Annual report of lunatic asylums [Bombay] - 1912-1922
Year: 1912
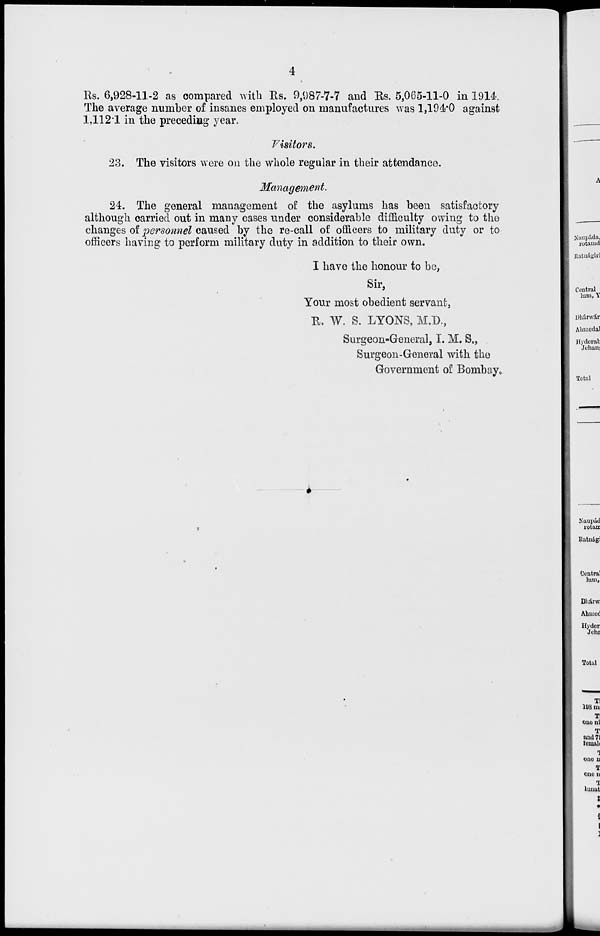
4
Rs. 6,928-11-2 as compared with Rs. 9,987-7-7 and Rs. 5,065-11-0 in 1914.
The average numher of insanes employed on manufactures was 1,194.0 against
1,112.1 in the preceding year.
Visitors.
23. The visitors were on the whole regular in their attendance.
Management.
24. The general management of the asylums has been satisfactory
although carried out in many cases under considerable difficulty owing to the
changes of personnel caused by the re-call of officers to military duty or to
officers having to perform military duty in addition to their own.
I have the honour to be,
Sir,
Your most obedient servant,
R. W. S. LYONS, M.D.,
Surgeon-General, I. M. S.,
Surgeon-General with the
Government of Bombay.